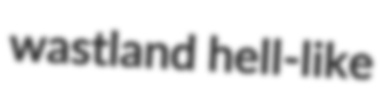
wastland hell-like